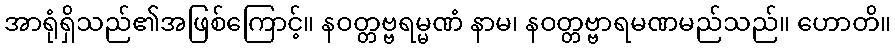
အာရုံရှိသည်၏အဖြစ်ကြောင့်။ နဝတ္တဗ္ဗရမ္မဏံ နာမ၊ နဝတ္တဗ္ဗာရမဏမည်သည်။ ဟောတိ။